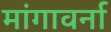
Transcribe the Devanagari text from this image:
मांगावर्ना